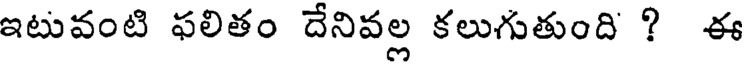
ఇటువంటి ఫలితం దేనివల్ల కలుగుతుంది ? ఈ